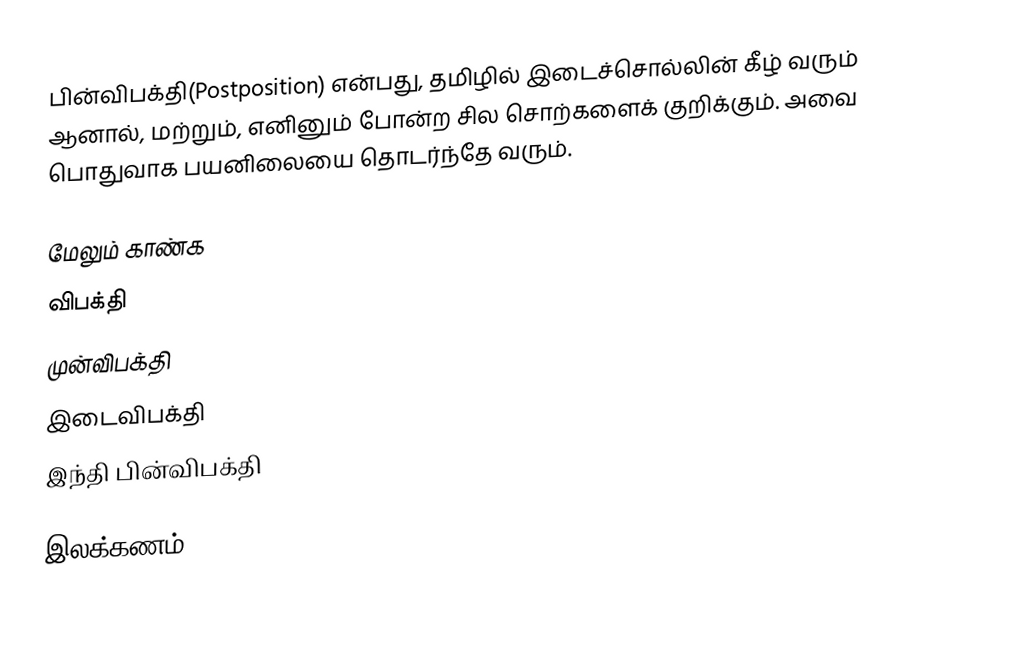
பின்விபக்தி(Postposition) என்பது, தமிழில் இடைச்சொல்லின் கீழ் வரும் ஆனால், மற்றும், எனினும் போன்ற சில சொற்களைக் குறிக்கும். அவை பொதுவாக பயனிலையை தொடர்ந்தே வரும்.

மேலும் காண்க
விபக்தி
முன்விபக்தி
இடைவிபக்தி
இந்தி பின்விபக்தி

இலக்கணம்